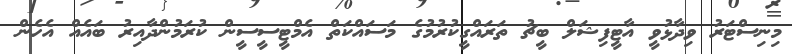
މިނިސްޓަރު ވިދާޅުވީ އާޓީފިޝަލް ބީޗު ތަރައްގީކުރުމުގެ މަސައްކަތް އެމްޓީސީސީން ކުރަމުންދާއިރު ބައެއް އެހެން